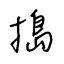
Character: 搗